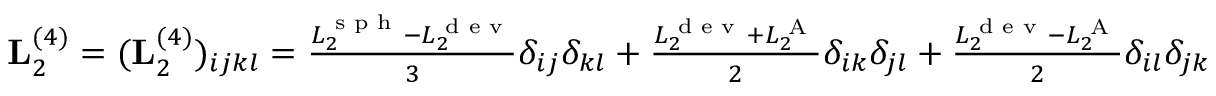
\begin{array} { r } { \mathbf L _ { 2 } ^ { ( 4 ) } = ( \mathbf L _ { 2 } ^ { ( 4 ) } ) _ { i j k l } = \frac { L _ { 2 } ^ { \textrm { s p h } } - L _ { 2 } ^ { \textrm { d e v } } } { 3 } \delta _ { i j } \delta _ { k l } + \frac { L _ { 2 } ^ { \textrm { d e v } } + L _ { 2 } ^ { \textrm { A } } } { 2 } \delta _ { i k } \delta _ { j l } + \frac { L _ { 2 } ^ { \textrm { d e v } } - L _ { 2 } ^ { \textrm { A } } } { 2 } \delta _ { i l } \delta _ { j k } } \end{array}